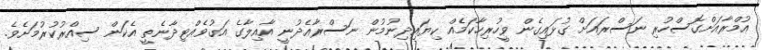
އުމްރާއަށްގޮސްހުރި ނަސްރައަށްް ގުޅައިގެން ވީހުރިހާކަމެއް ކިޔައިދިނުމުން ނަސްރާއެދުނީ އާއިލާގެ އަގުވެއްޓިދާނެތީ އެކަން ސިއްރުކުރުމަށެވެ.